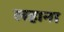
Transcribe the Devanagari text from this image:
लहाना